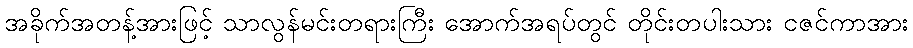
အခိုက်အတန့်အားဖြင့် သာလွန်မင်းတရားကြီး အောက်အရပ်တွင် တိုင်းတပါးသား ငဇင်ကာအား